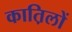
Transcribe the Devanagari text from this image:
कात़िलों